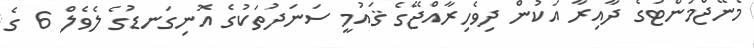
މެނޭޖްމަންޓުގެ ދާއިރާ އަކުން ދިވެހިރާއްޖޭގެ ޤައުމީ ސަނަދުތަކުގެ އޮނިގަނޑުގެ ލެވެލް 6 ގެ